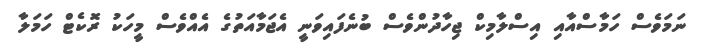
ނަމަވެސް ހަމާސްއާއި އިސްލާމިކް ޖިހާދުންވެސް ބުނެފައިވަނީ އެޖަމާއަތުގެ އެއްވެސް މީހަކު ރޮކެޓް ހަމަލާ